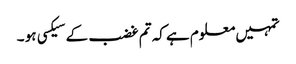
تمہیں معلوم ہے کہ تم غضب کے سیکسی ہو ۔